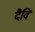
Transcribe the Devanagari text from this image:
दैवि